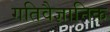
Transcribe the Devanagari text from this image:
गतिवैज्ञानिक